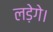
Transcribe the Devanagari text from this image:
लड़ेगे।